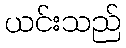
ယင်းသည်